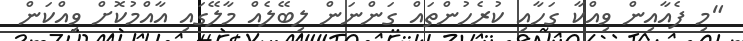
"މި ފެއާއިން ވިއްކާ ގަހާއި ކުރެހުންތައް ގަންނަން ލިބޭލެއް މާލޭގައި އާއްމުކޮށް ވިއްކަން